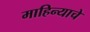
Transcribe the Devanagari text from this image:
माहिन्याचे